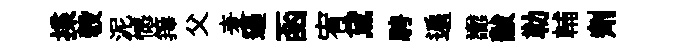
揲彀泥憾籜父麦逼函宥黛騁遍讟黻勒輔劑